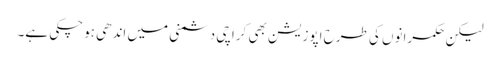
لیکن حکمرانوں کی طرح اپوزیشن بھی کراچی دشمنی میں اندھی ہوچکی ہے۔